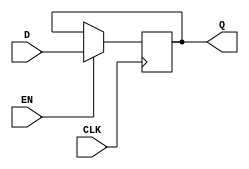
module StoreRegister (
    input wire CLK,     // Clock signal
    input wire EN,      // Enable signal
    input wire [N-1:0] D, // Data input
    output reg [N-1:0] Q  // Data output
);
    parameter N = 8; // Default size of the register, can be adjusted

    // Initial state of the register
    initial begin
        Q = 0; // Initialize Q to 0
    end

    // Sequential logic: Register logic on the rising edge of the clock
    always @(posedge CLK) begin
        if (EN) begin
            Q <= D; // Update the output with the input data when EN is high
        end
        // If EN is low, Q retains its previous value (no change)
    end

endmodule